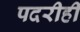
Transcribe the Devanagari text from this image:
पदरीही